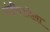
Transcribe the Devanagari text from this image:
दांडीयात्रेला